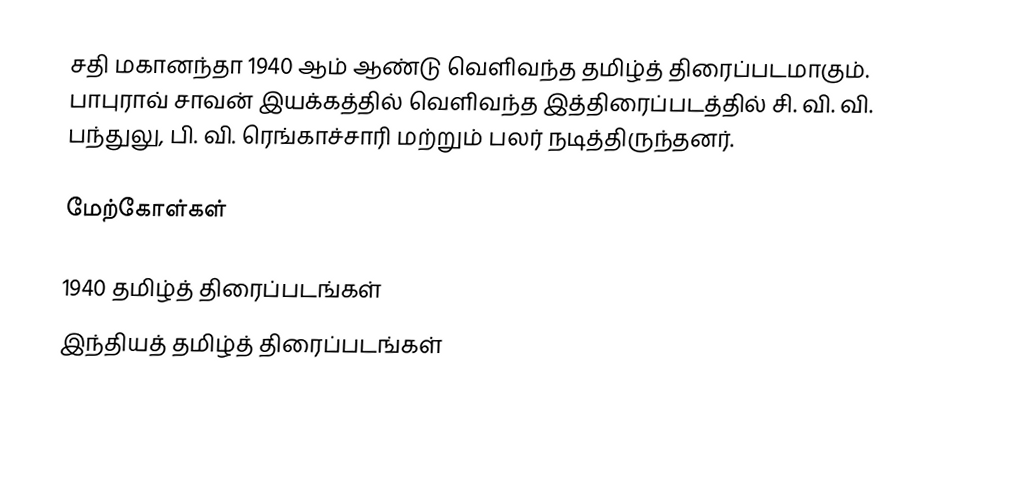
சதி மகானந்தா 1940 ஆம் ஆண்டு வெளிவந்த தமிழ்த் திரைப்படமாகும். பாபுராவ் சாவன் இயக்கத்தில் வெளிவந்த இத்திரைப்படத்தில் சி. வி. வி. பந்துலு, பி. வி. ரெங்காச்சாரி மற்றும் பலர் நடித்திருந்தனர்.

மேற்கோள்கள்

1940 தமிழ்த் திரைப்படங்கள்
இந்தியத் தமிழ்த் திரைப்படங்கள்